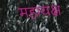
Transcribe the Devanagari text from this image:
महायक्ष